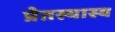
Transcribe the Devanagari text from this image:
प्रेतस्यास्य